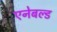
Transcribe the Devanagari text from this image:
एनेबल्ड